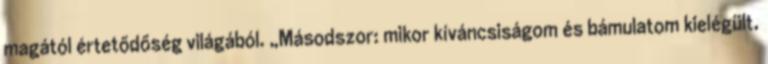
magától értetődőség világából. „Másodszor: mikor kíváncsiságom és bámulatom kielégült,